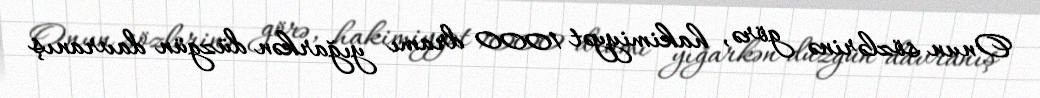
Onun sözlərinə görə, hakimiyyət 1000 dramı yığarkən düzgün davranış